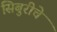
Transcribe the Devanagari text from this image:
सिबुरीचे